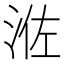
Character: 𰛰